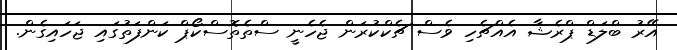
އޭރު ބްލަޑް ޕްރެޝާ އެއްޗެހި ވެސް ޗެކްކުރަން ޖެހެނީ ސްތެތޮސްކޯޕް ކަންފަތުގައި ޖަހައިގެން.